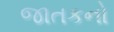
જાતકનો